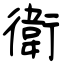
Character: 衛